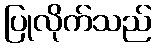
ပြုလိုက်သည်